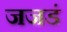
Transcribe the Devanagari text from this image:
जजडं